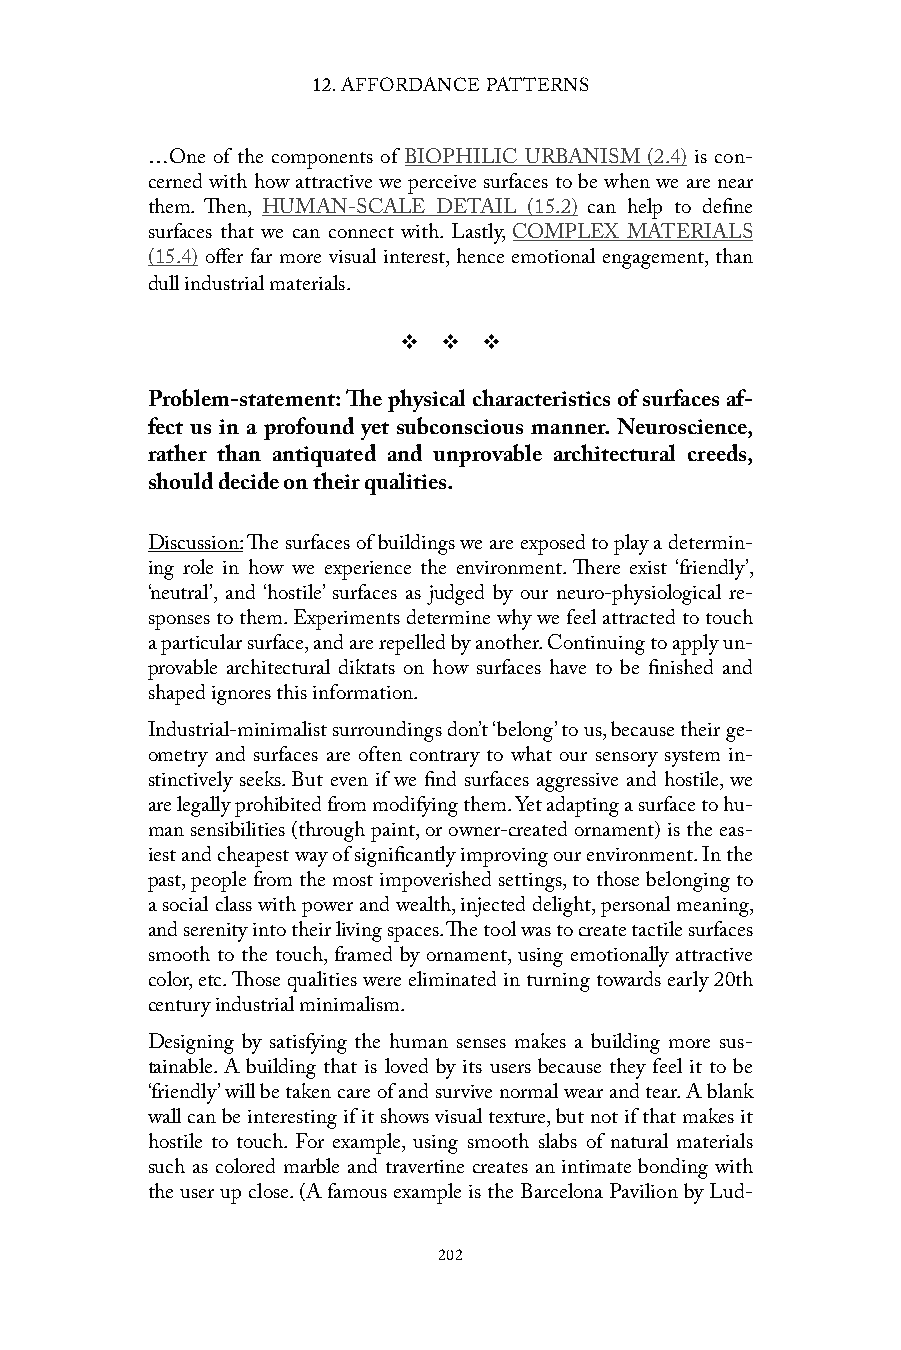
12. AFFORDANCE PATTERNS
 …One of the components of BIOPHILIC URBANISM (2.4) is con-
 cerned with how attractive we perceive surfaces to be when we are near
 them. Then, HUMAN-SCALE DETAIL (15.2) can help to define
 surfaces that we can connect with. Lastly, COMPLEX MATERIALS
 (15.4) offer far more visual interest, hence emotional engagement, than
 dull industrial materials.
 v  v  v
 Problem-statement: The physical characteristics of surfaces af-
 fect us in a profound yet subconscious manner. Neuroscience,
 rather than antiquated and unprovable architectural creeds,
 should decide on their qualities.
 Discussion: The surfaces of buildings we are exposed to play a determin-
 ing role in how we experience the environment. There exist ‘friendly’,
 ‘neutral’, and ‘hostile’ surfaces as judged by our neuro-physiological re-
 sponses to them. Experiments determine why we feel attracted to touch
 a particular surface, and are repelled by another. Continuing to apply un-
 provable architectural diktats on how surfaces have to be finished and
 shaped ignores this information.
 Industrial-minimalist surroundings don’t ‘belong’ to us, because their ge-
 ometry and surfaces are often contrary to what our sensory system in-
 stinctively seeks. But even if we find surfaces aggressive and hostile, we
 are legally prohibited from modifying them. Yet adapting a surface to hu-
 man sensibilities (through paint, or owner-created ornament) is the eas-
 iest and cheapest way of significantly improving our environment. In the
 past, people from the most impoverished settings, to those belonging to
 a social class with power and wealth, injected delight, personal meaning,
 and serenity into their living spaces. The tool was to create tactile surfaces
 smooth to the touch, framed by ornament, using emotionally attractive
 color, etc. Those qualities were eliminated in turning towards early 20th
 century industrial minimalism.
 Designing by satisfying the human senses makes a building more sus-
 tainable. A building that is loved by its users because they feel it to be
 ‘friendly’ will be taken care of and survive normal wear and tear. A blank
 wall can be interesting if it shows visual texture, but not if that makes it
 hostile to touch. For example, using smooth slabs of natural materials
 such as colored marble and travertine creates an intimate bonding with
 the user up close. (A famous example is the Barcelona Pavilion by Lud-
 202